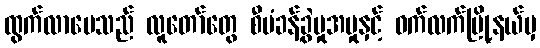
ထွက်လာပေသည် လူတော်တွေ စီမံခန့်ခွဲမှုအမှုနှင့် ဝက်လက်မြို့နယ်မှ